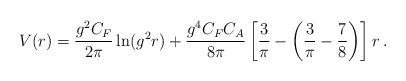
LaTeX: \begin{align*}V(r)=\frac{g^2C_F}{2\pi}\ln (g^2 r) +\frac{g^4C_FC_A}{8\pi}\left[ {3\over\pi}-\left({3\over\pi}-{7\over8}\right)\right]r\,.\end{align*}